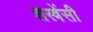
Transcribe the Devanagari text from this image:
शस्त्रेंसी